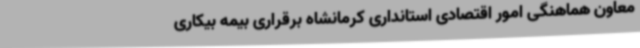
معاون هماهنگی امور اقتصادی استانداری کرمانشاه برقراری بیمه بیکاری